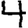
Digit: 4